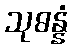
သုဓန္နံ